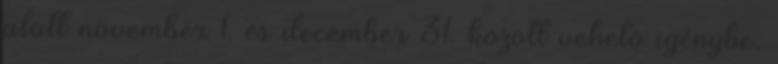
alatt november 1. és december 31. között vehetõ igénybe.